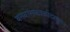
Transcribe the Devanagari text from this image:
वनवासकाळादरम्यान